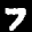
Digit: 7